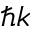
\hbar k